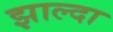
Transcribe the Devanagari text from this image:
झाल्दा